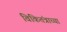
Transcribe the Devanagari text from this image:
विकितंत्राच्या